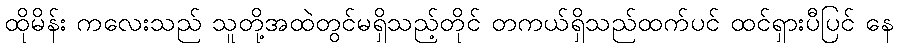
ထိုမိန်း ကလေးသည် သူတို့အထဲတွင်မရှိသည့်တိုင် တကယ်ရှိသည်ထက်ပင် ထင်ရှားပီပြင် နေ